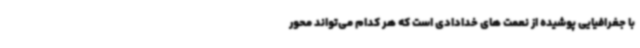
با جغرافیایی پوشیده از نعمت های خدادادی است که هر کدام می‌تواند محور